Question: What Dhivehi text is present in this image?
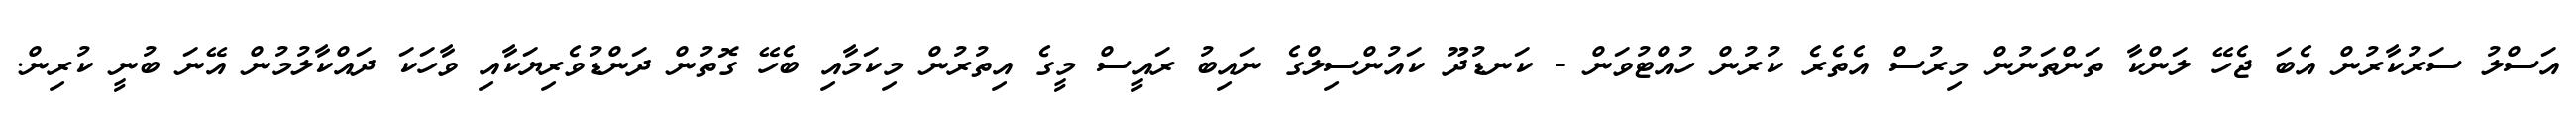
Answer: އަސްލު ސަރުކާރުން އެބަ ޖެހޭ ލަންކާ ތަންތަނުން މިރުސް އެތެރެ ކުރުން ހުއްޓުވަން - ކަނޑުދޫ ކައުންސިލްގެ ނައިބު ރައީސް މީގެ އިތުރުން މިކަމާއި ބެހޭ ގޮތުން ދަންޑުވެރިޔަކާއި ވާހަކަ ދައްކާލުމުން އޭނަ ބުނީ ކުރިން.